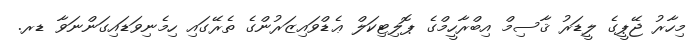
މިހާރު ޖޭޕީގެ ލީޑަރު ޤާސިމް އިބްރާހީމްގެ ޕޮލިޓިކަލް ޢެޑްވައިޒަރުންގެ ތެރޭގައި ހިމެނިވަޑައިގަންނަވާ ޑރ.